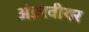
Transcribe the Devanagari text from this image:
अंडरवीयर